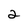
Character: 2